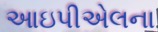
આઇપીએલના